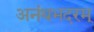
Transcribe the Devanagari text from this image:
अनंथभदरम्